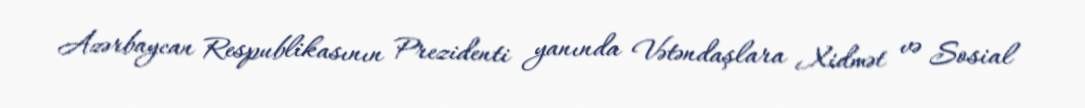
Azərbaycan Respublikasının Prezidenti yanında Vətəndaşlara Xidmət və Sosial